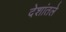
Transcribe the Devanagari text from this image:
देशांतले